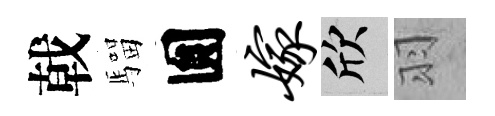
戟騮圎嫁欣羽